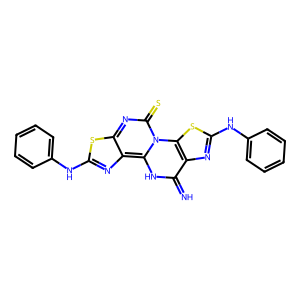
SMILES: N=c1[nH]c2c3nc(Nc4ccccc4)sc3nc(=S)n2c2sc(Nc3ccccc3)nc12
Inhibits HIV replication: No